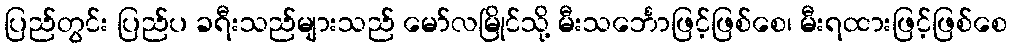
ပြည်တွင်း ပြည်ပ ခရီးသည်များသည် မော်လမြိုင်သို့ မီးသင်္ဘောဖြင့်ဖြစ်စေ၊ မီးရထားဖြင့်ဖြစ်စေ